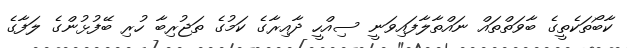
ކާބޯތަކެތީގެ ބާވަތްތައް ނައްތާލާފައިވަނީ ސިއްހީ ދާއިރާގެ ކަމުގެ ތަޖުރިބާ ހުރި ބޭފުޅުންގެ ލަފާގެ